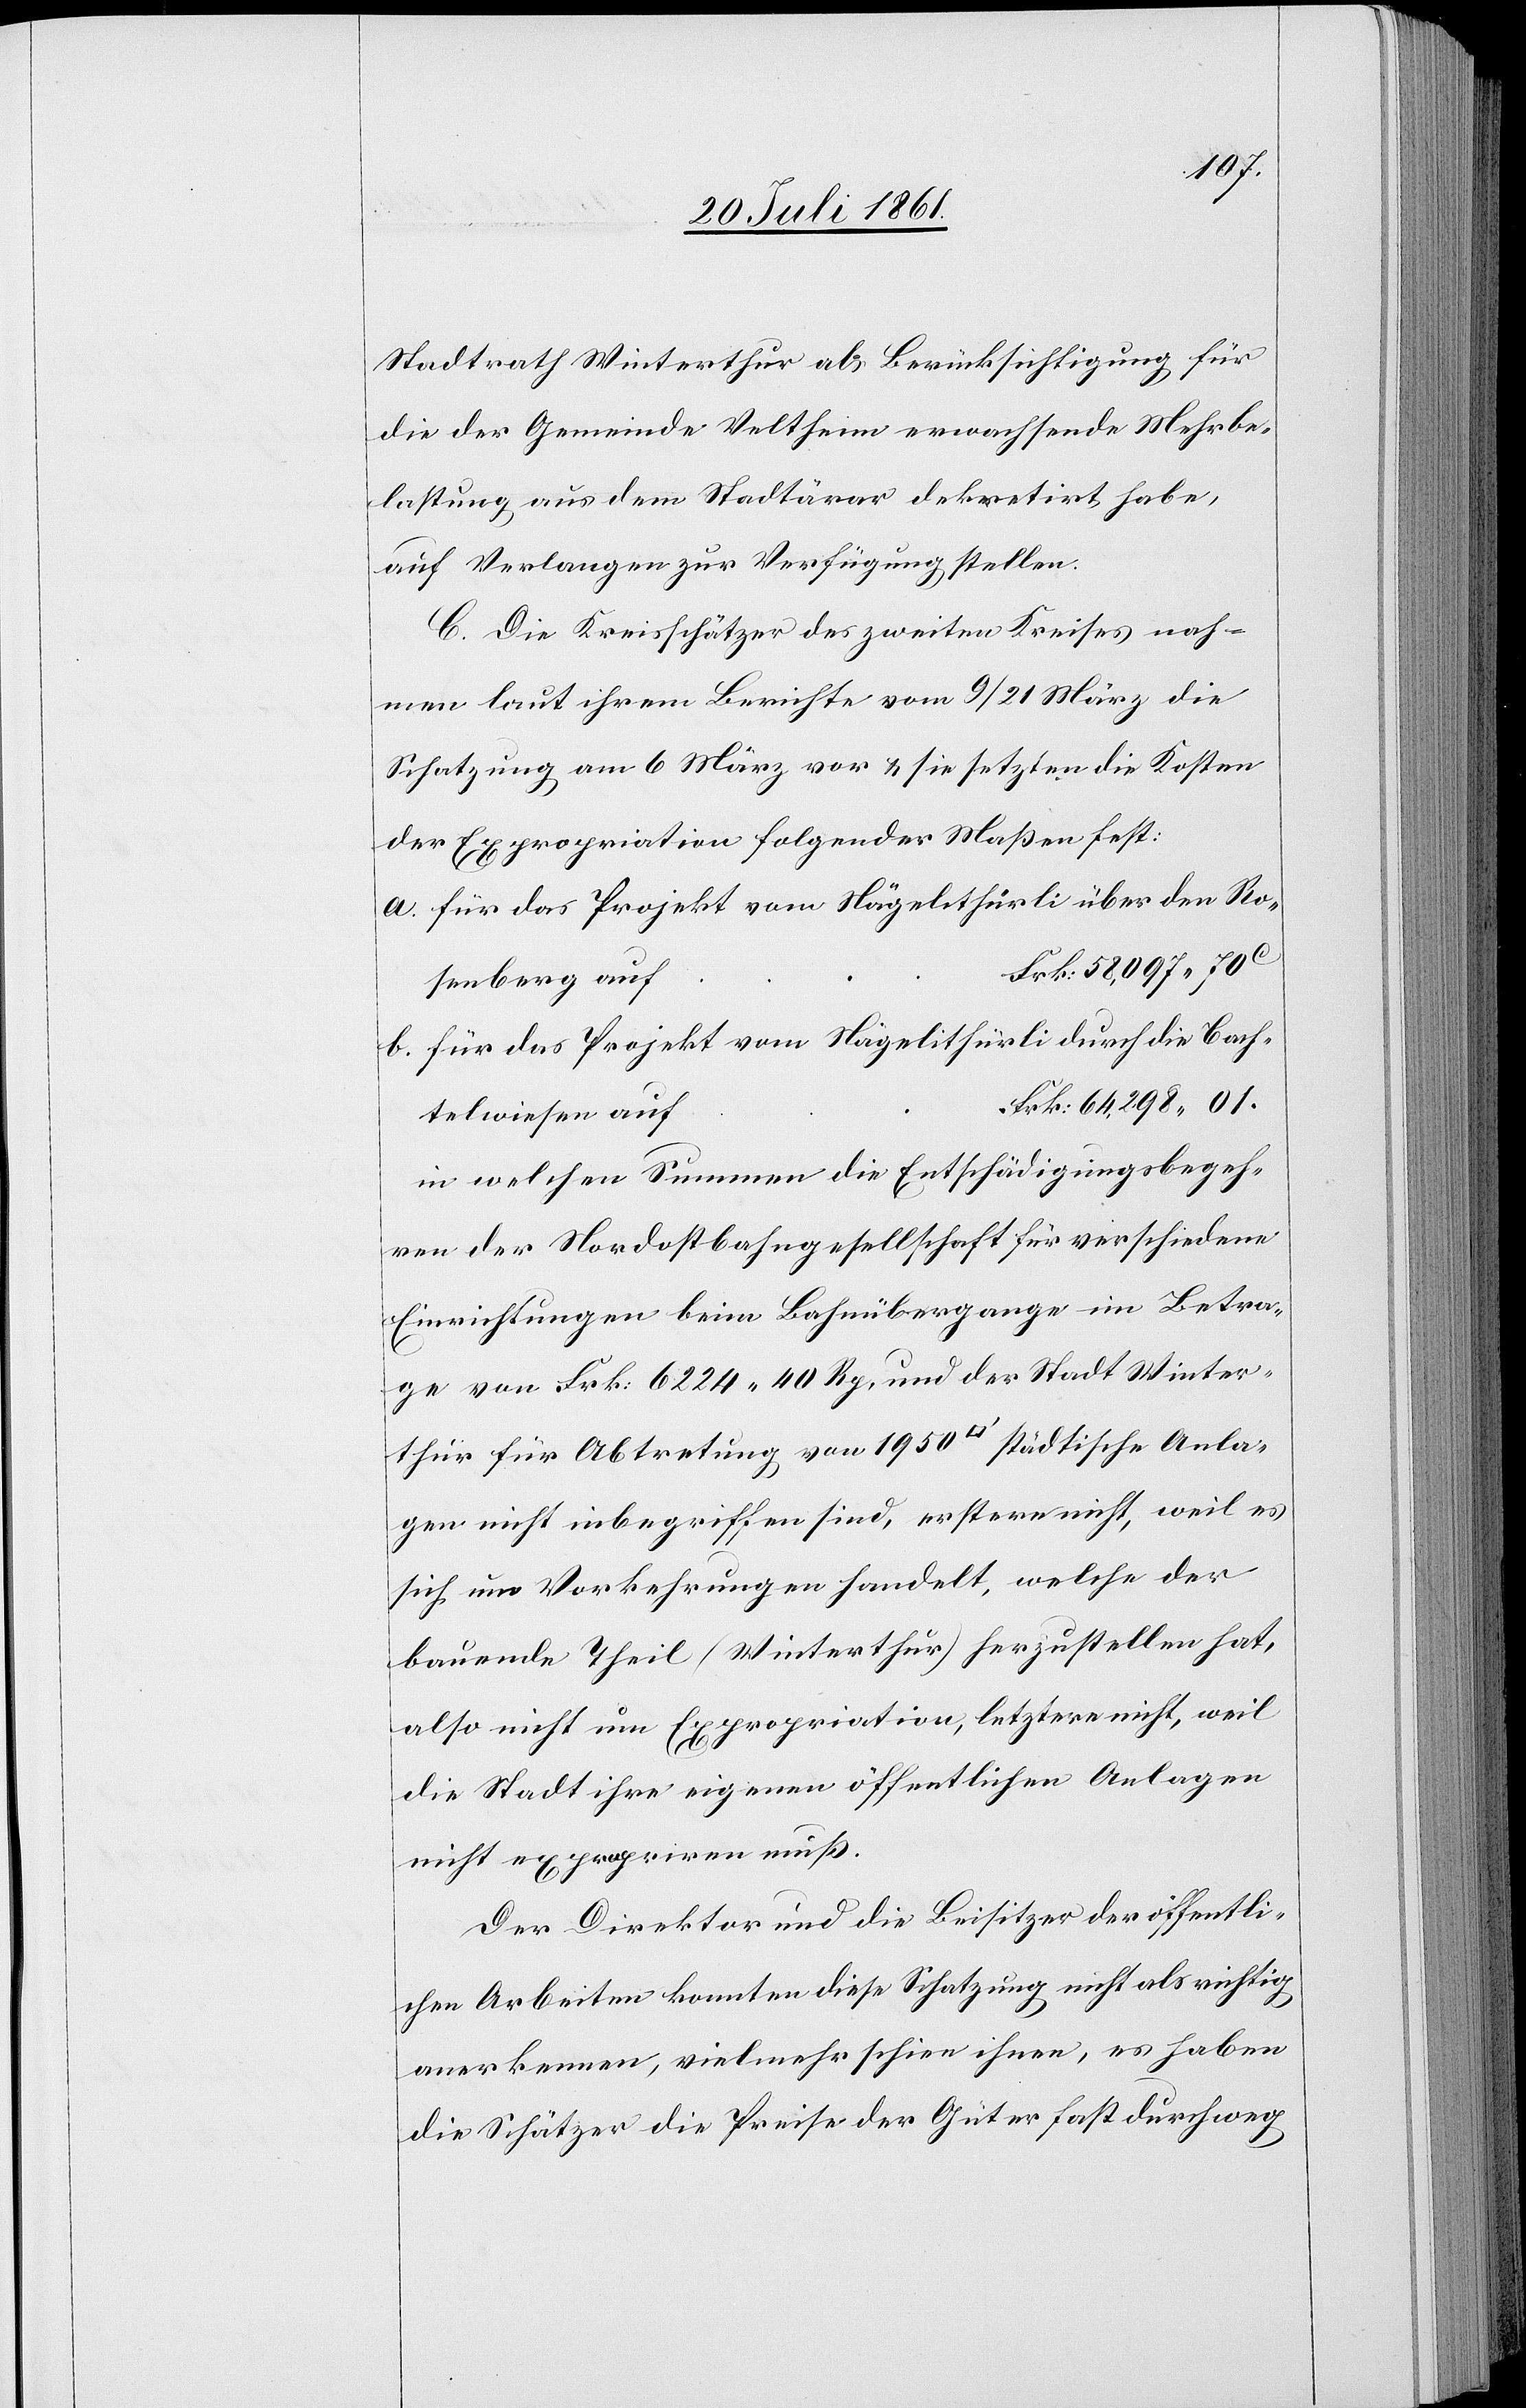
Stadtrath Winterthur als Berücksichtigung für
die der Gemeinde Veltheim erwachsende Mehrbe¬
lastung aus dem Stadtärar dekretirt habe,
auf Verlangen zur Verfügung stellen.
C. Die Kreisschätzer des zweiten Kreises nah¬
men laut ihrem Berichte vom 9/21 März die
Schatzung am 6 März vor u. sie setzten die Kosten
der Expropriation folgender Maßen fest:
a. für das Projekt vom Nägelithürli über den Ro¬
f		Frk. 58,097.70
senberg au¬
b. für das Projekt vom Nägelithürli durch die Bach¬
f	Frk. 64,298.01.
telwiesen au¬
in welchen Summen die Entschädigungsbegeh¬
ren der Nordostbahngesellschaft für verschiedene
Einrichtungen beim Bahnübergange im Betra¬
ge von Frk. 6224.40 Rp. und der Stadt Winter¬
thur für Abtretung von 1950 [Quadratfuß] städtische Anla¬
gen nicht inbegriffen sind, erstere nicht, weil es
sich um Vorkehrungen handelt, welche der
bauende Theil (Winterthur) herzustellen hat,
also nicht um Expropriation, letztere nicht, weil
die Stadt ihre eigenen öffentlichen Anlagen
nicht expropriren muß.
Der Direktor und die Besitzer der öffentli¬
chen Arbeiten konnten diese Schatzung nicht als richtig
anerkennen, vielmehr schien ihnen, es haben
die Schätzer die Preise der Güter fast durchweg